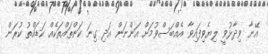
އޭނާ ވިދާޅުވީ ލިޔެވިފައިވާ އެއްބަސްވުމަށް އަންނަން އަދި ގިނަ ކަންތައްތަކެއް ކަޑައްތު ކުރަން